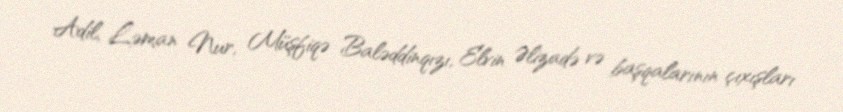
Adil, Ləman Nur, Müşfiqə Baləddinqızı, Elvin Əlizadə və başqalarının çıxışları